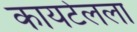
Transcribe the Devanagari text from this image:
कायटेलला